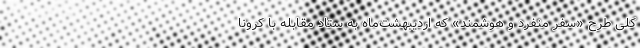
کلی طرح «سفر منفرد و هوشمند» که اردیبهشت‌ماه به ستاد مقابله با کرونا